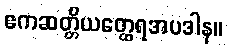
ဧကဆတ္တိယတ္ထေရအပဒါန။